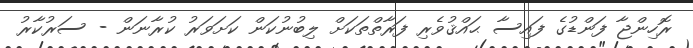
ރޮހިންޖާ ފަންޑުގެ ފައިސާ ޙައްޤުވެރި ފަރާތްތަކަށް ލިބުނުކަން ކަށަވަރު ކުރާނަން - ސަރުކާރު